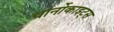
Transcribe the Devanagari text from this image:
चार्नोकाइट्स